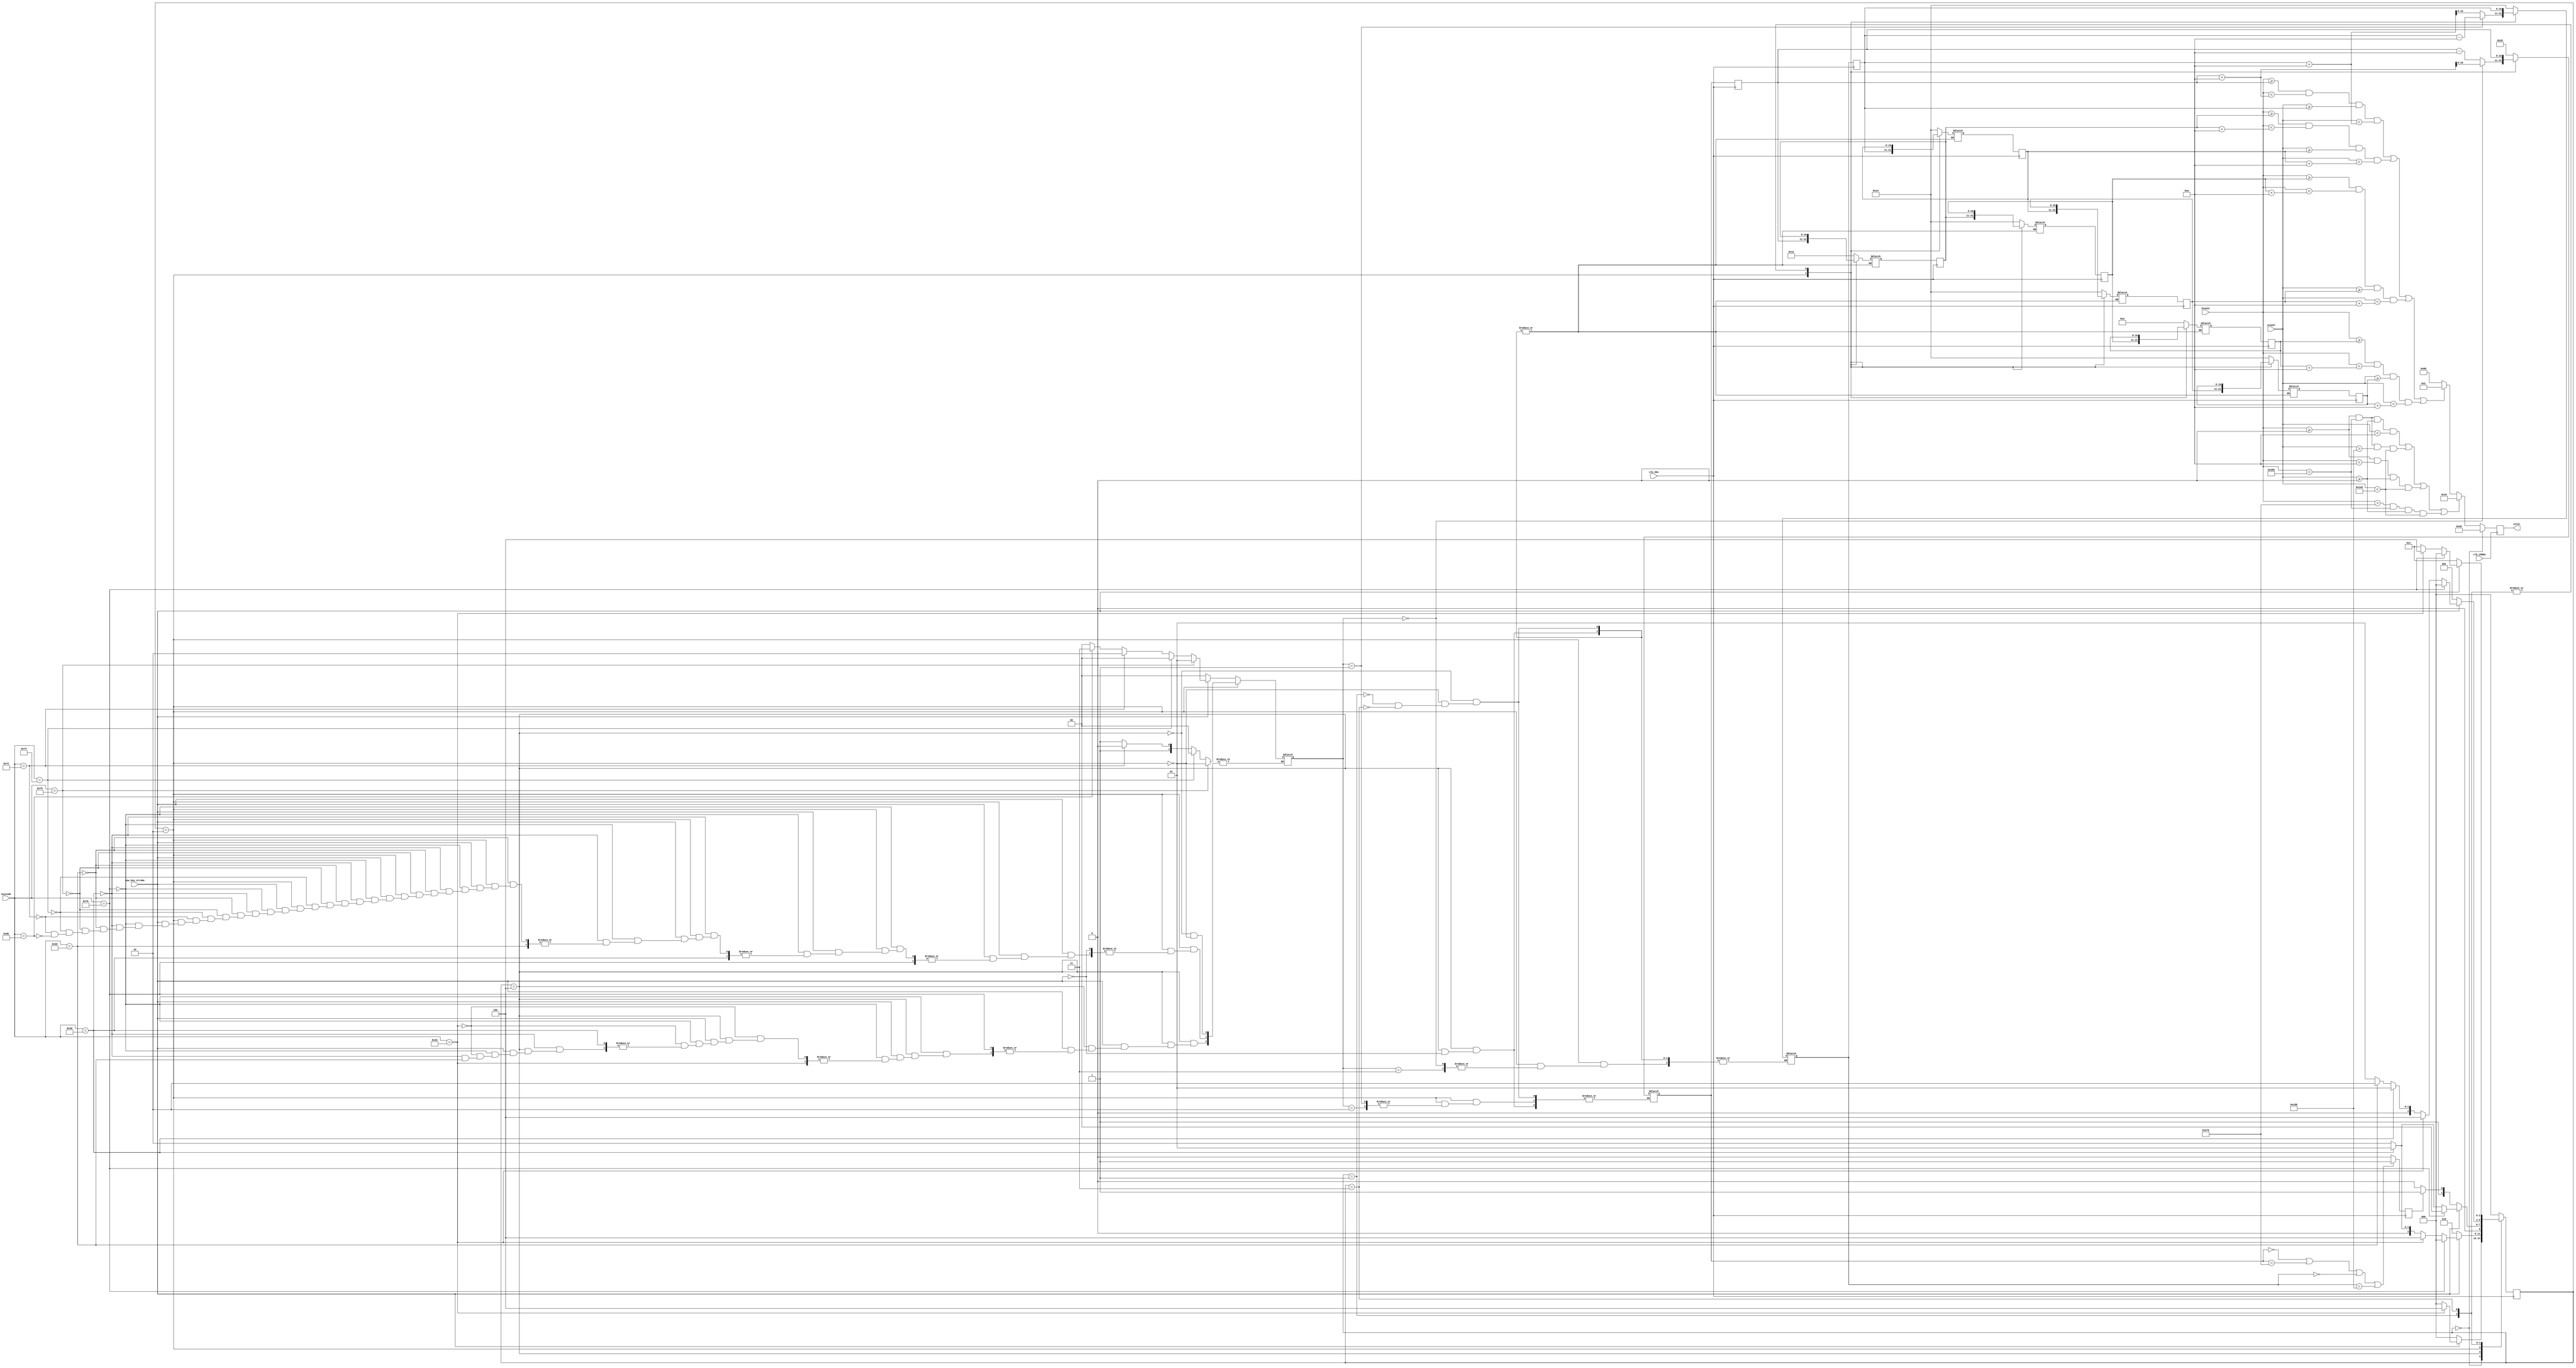
module game_state_machine(clk_25MHz, clk_5Hz, keycode, new_key_strobe, hcount, vcount, color); 
input clk_25MHz, clk_5Hz, new_key_strobe; 
input [10:0] hcount, vcount; //the clk_25MHz should be the same one used for VGA output
input [7:0] keycode;
output reg [7:0] color; 

reg snake;
reg [2:0] game_state; // 000 = game hasn't started yet, 001 = game is pause, 010 = normal game play, 011 = game over, 100 = start_position
reg [2:0] nxt_game_state; 
reg [1:0] direction, direction_nxt; // 00 = up, 01 = right, 10 = down, 11 = left
reg [10:0] SnakeX [0:3], SnakeY[0: 3]; //stores the X and Y coordinates of each of the 4 blocks that make up the snake 
reg [10:0] SnakeX_nxt [0:3], SnakeY_nxt[0: 3]; 
reg collision; 

parameter [2:0] game_not_started = 3'b000;
parameter [2:0] game_paused = 3'b001;
parameter [2:0] normal_game_play = 3'b010;
parameter [2:0] game_over = 3'b011;
parameter [2:0] start_position = 3'b100;

parameter [1:0] up = 2'b01;
parameter [1:0] right = 2'b00;
parameter [1:0] down = 2'b10;
parameter [1:0] left = 2'b11;

parameter [7:0] esc_key = 8'h76;
parameter [7:0] s_key = 8'h1B;
parameter [7:0] p_key = 8'h4D;
parameter [7:0] r_key = 8'h2D;
parameter [7:0] up_arrow_key = 8'h75;
parameter [7:0] right_arrow_key = 8'h74;
parameter [7:0] down_arrow_key = 8'h72;
parameter [7:0] left_arrow_key = 8'h6B;

parameter [7:0] white = 8'b10000000;
parameter [7:0] blue = 8'b00000010;
parameter [7:0] red = 8'b00010000;
parameter [7:0] black = 8'b00100000;

initial 
begin 
//put snake in starting location 
SnakeX[0] <= 40; 
SnakeX[1] <= 30; 
SnakeX[2] <= 20; 
SnakeX[3] <= 10; 

SnakeY[0] <= 20; 
SnakeY[1] <= 20; 
SnakeY[2] <= 20; 
SnakeY[3] <= 20; 

SnakeX_nxt[0] <= 40;
SnakeX_nxt[1] <= 30;
SnakeX_nxt[2] <= 20;
SnakeX_nxt[3] <= 10;
SnakeY_nxt[0] <= 20;
SnakeY_nxt[1] <= 20;
SnakeY_nxt[2] <= 20;
SnakeY_nxt[3] <= 20;

//initial direction
direction <= right; 
//direction_nxt <= right; 
game_state <= game_not_started;
nxt_game_state <= game_not_started; 
collision <= 0; 

end 



always @(new_key_strobe, collision, game_state) //whenever a key is pressed or the snake hits something, update the game state and snake direction //, collision, ack_reset
begin
    case(game_state)
	   game_not_started: begin
	       if(new_key_strobe == 1'b1) begin
				if(keycode == s_key) nxt_game_state = start_position;
				else nxt_game_state = game_not_started;
			end
			else nxt_game_state = game_not_started;	  
		end
		
		start_position: begin
            if(new_key_strobe == 1'b1) begin
			    SnakeX_nxt[0] = 40; 
				SnakeX_nxt[1] = 30; 
				SnakeX_nxt[2] = 20; 
				SnakeX_nxt[3] = 10; 
				SnakeY_nxt[0] = 20; 
				SnakeY_nxt[1] = 20; 
				SnakeY_nxt[2] = 20; 
				SnakeY_nxt[3] = 20; 
			
                if(keycode == esc_key) nxt_game_state = game_not_started;
                else if(keycode == s_key) nxt_game_state = start_position; 
                else if(keycode == p_key) nxt_game_state = game_paused;
                else if(keycode == r_key) nxt_game_state = normal_game_play; 
                        
                else if(keycode == up_arrow_key) begin nxt_game_state = normal_game_play;  direction = up; end
                else if(keycode == right_arrow_key) begin nxt_game_state = normal_game_play; direction = right; end
                else if(keycode == down_arrow_key) begin nxt_game_state = normal_game_play;  direction = down; end
                else if(keycode == left_arrow_key) begin nxt_game_state = normal_game_play; direction = left; end
                else begin nxt_game_state = normal_game_play; direction = right; end
            end
            else begin nxt_game_state = normal_game_play; direction = right; end
        end
		
        normal_game_play: begin
		case(direction) //move the snake head based on the direction 
		      left: SnakeX_nxt[0] = SnakeX[0] - 10;  
		      down: SnakeY_nxt[0] = SnakeY[0] + 10;  
		      up: SnakeY_nxt[0] = SnakeY[0] - 10; 
		      right: SnakeX_nxt[0] = SnakeX[0] + 10;   
		endcase 
		  //move the rest of the snake
		  SnakeX_nxt[1] = SnakeX[0];
		  SnakeX_nxt[2] = SnakeX[1];
		  SnakeX_nxt[3] = SnakeX[2];
		  SnakeY_nxt[1] = SnakeY[0];
		  SnakeY_nxt[2] = SnakeY[1];
		  SnakeY_nxt[3] = SnakeY[2];
		
		
      
            if(new_key_strobe == 1'b1) begin
                if(keycode == esc_key) nxt_game_state = game_not_started;
                //else if(keycode == s_key) nxt_game_state = start_position; 
                else if(keycode == p_key) nxt_game_state = game_paused;
                else if(keycode == r_key) nxt_game_state = normal_game_play; 
            
                else if(keycode == up_arrow_key) begin nxt_game_state = normal_game_play;  direction = up; end
                else if(keycode == right_arrow_key) begin nxt_game_state = normal_game_play; direction = right; end
                else if(keycode == down_arrow_key) begin nxt_game_state = normal_game_play;  direction = down; end
                else if(keycode == left_arrow_key) begin nxt_game_state = normal_game_play; direction = left; end
                else begin nxt_game_state = normal_game_play; direction = direction; end
            end
            else if(collision == 1'b1) nxt_game_state = game_over;
            else nxt_game_state = normal_game_play;
		end
		
		game_paused: begin
		
		SnakeX_nxt[0] = SnakeX[0];
        SnakeX_nxt[1] = SnakeX[1];
        SnakeX_nxt[2] = SnakeX[2];
        SnakeX_nxt[3] = SnakeX[3];
        SnakeY_nxt[0] = SnakeY[0];
        SnakeY_nxt[1] = SnakeY[1];
        SnakeY_nxt[2] = SnakeY[2];
        SnakeY_nxt[3] = SnakeY[3];
		
		
            if(new_key_strobe == 1'b1) begin
                if(keycode == esc_key) nxt_game_state = game_not_started;
                else if(keycode == s_key) begin nxt_game_state = start_position; end
                else if(keycode == p_key) nxt_game_state = game_paused;
                else if(keycode == r_key) nxt_game_state = normal_game_play; 
                else nxt_game_state = game_paused;
            end
            else nxt_game_state = game_paused;
		end
			
		game_over: begin
		
		SnakeX_nxt[0] = SnakeX[0];
        SnakeX_nxt[1] = SnakeX[1];
        SnakeX_nxt[2] = SnakeX[2];
        SnakeX_nxt[3] = SnakeX[3];
        SnakeY_nxt[0] = SnakeY[0];
        SnakeY_nxt[1] = SnakeY[1];
        SnakeY_nxt[2] = SnakeY[2];
        SnakeY_nxt[3] = SnakeY[3];
		
		
            if(new_key_strobe == 1'b1) begin
                if(keycode == esc_key) nxt_game_state = game_not_started;
			    else if(keycode == s_key) nxt_game_state = start_position;
			    else nxt_game_state = game_over;
            end
		    else nxt_game_state = game_over;
        end
        
        default: nxt_game_state = game_not_started;
	endcase
end




// update snake location at 5 FPS
always @(posedge clk_5Hz)
begin 
    game_state <= nxt_game_state; 
    //direction <= direction_nxt; 
	SnakeX[0] <= SnakeX_nxt[0];
    SnakeX[1] <= SnakeX_nxt[1];
    SnakeX[2] <= SnakeX_nxt[2];
    SnakeX[3] <= SnakeX_nxt[3];
    SnakeY[0] <= SnakeY_nxt[0];
    SnakeY[1] <= SnakeY_nxt[1];
    SnakeY[2] <= SnakeY_nxt[2];
    SnakeY[3] <= SnakeY_nxt[3];
	
	
	//check for collision
	if((SnakeX_nxt[0] == 11'd0) || (SnakeX_nxt[0] == 11'd630) || (SnakeY_nxt[0] == 11'd0) || (SnakeY_nxt[0] == 11'd470)) collision = 1;
	else collision = 0;
end 


always @(posedge clk_25MHz)
begin 
if(game_state == game_not_started) begin  color <= black; end 
//else if(game_state == game_over)begin color <= white; end 

else 
begin
 if(((hcount >= 0 ) && (hcount < 640) && (vcount >= 0) && (vcount < 10)) || ((hcount >= 0 ) && (hcount<640) && (vcount >470) && (vcount < 480)) || ((hcount >= 0 ) && (hcount<10) && (vcount >=0) && (vcount < 480)) || ((hcount > 630 ) && (hcount<640) && (vcount >=0) && (vcount < 480)))
		begin color <= red; end //if the scanner is at the coordinates of a boundary, make that pixel red
	else if( ((hcount >= SnakeX[0]) && (hcount < (SnakeX[0] + 10)) && (vcount >= SnakeY[0]) && (vcount < (SnakeY[0] +10) )) || ((hcount >= SnakeX[1]) && (hcount < (SnakeX[1] + 10)) && (vcount >= SnakeY[1]) && (vcount < (SnakeY[1] +10) ))|| ((hcount >= SnakeX[2]) && (hcount < (SnakeX[2] + 10)) && (vcount >= SnakeY[2]) && (vcount < (SnakeY[2] +10) )) || ((hcount >= SnakeX[3]) && (hcount < (SnakeX[3] + 10)) && (vcount >= SnakeY[3]) && (vcount < (SnakeY[3] +10) )) )
		begin color <= blue; end  //if the scanner is at the coordinates of any of the snake blocks, make that pixel blue
	else 
		begin color <= white; end  //otherwise make the pixel white

end
end 

endmodule